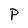
Character: P